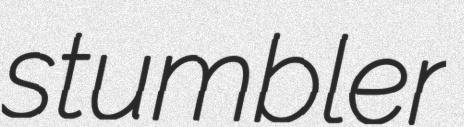
stumbler